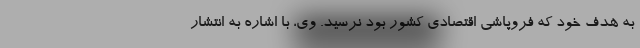
به هدف خود که فروپاشی اقتصادی کشور بود نرسید. وی، با اشاره به انتشار